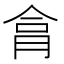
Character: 𦚶